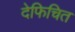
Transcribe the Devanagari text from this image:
देफिचित